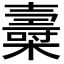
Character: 𣝷